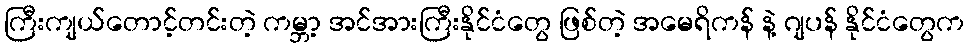
ကြီးကျယ်တောင့်တင်းတဲ့ ကမ္ဘာ့ အင်အားကြီးနိုင်ငံတွေ ဖြစ်တဲ့ အမေရိကန် နဲ့ ဂျပန် နိုင်ငံတွေက